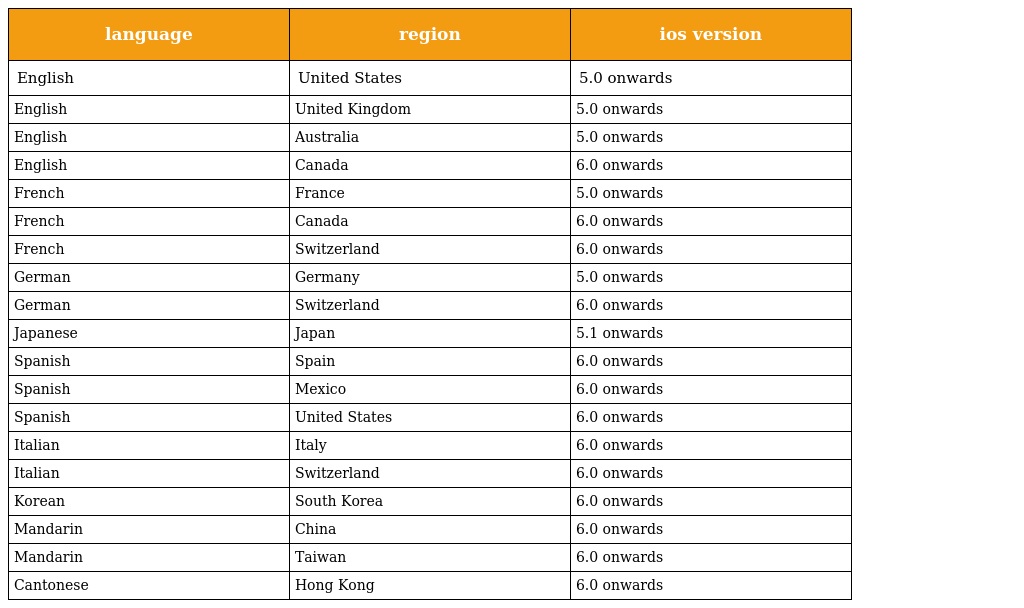
| language | region | ios version |
 | --- | --- | --- |
 | English | United States | 5.0 onwards |
 | English | United Kingdom | 5.0 onwards |
 | English | Australia | 5.0 onwards |
 | English | Canada | 6.0 onwards |
 | French | France | 5.0 onwards |
 | French | Canada | 6.0 onwards |
 | French | Switzerland | 6.0 onwards |
 | German | Germany | 5.0 onwards |
 | German | Switzerland | 6.0 onwards |
 | Japanese | Japan | 5.1 onwards |
 | Spanish | Spain | 6.0 onwards |
 | Spanish | Mexico | 6.0 onwards |
 | Spanish | United States | 6.0 onwards |
 | Italian | Italy | 6.0 onwards |
 | Italian | Switzerland | 6.0 onwards |
 | Korean | South Korea | 6.0 onwards |
 | Mandarin | China | 6.0 onwards |
 | Mandarin | Taiwan | 6.0 onwards |
 | Cantonese | Hong Kong | 6.0 onwards |